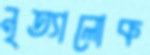
নৃত্যালোক